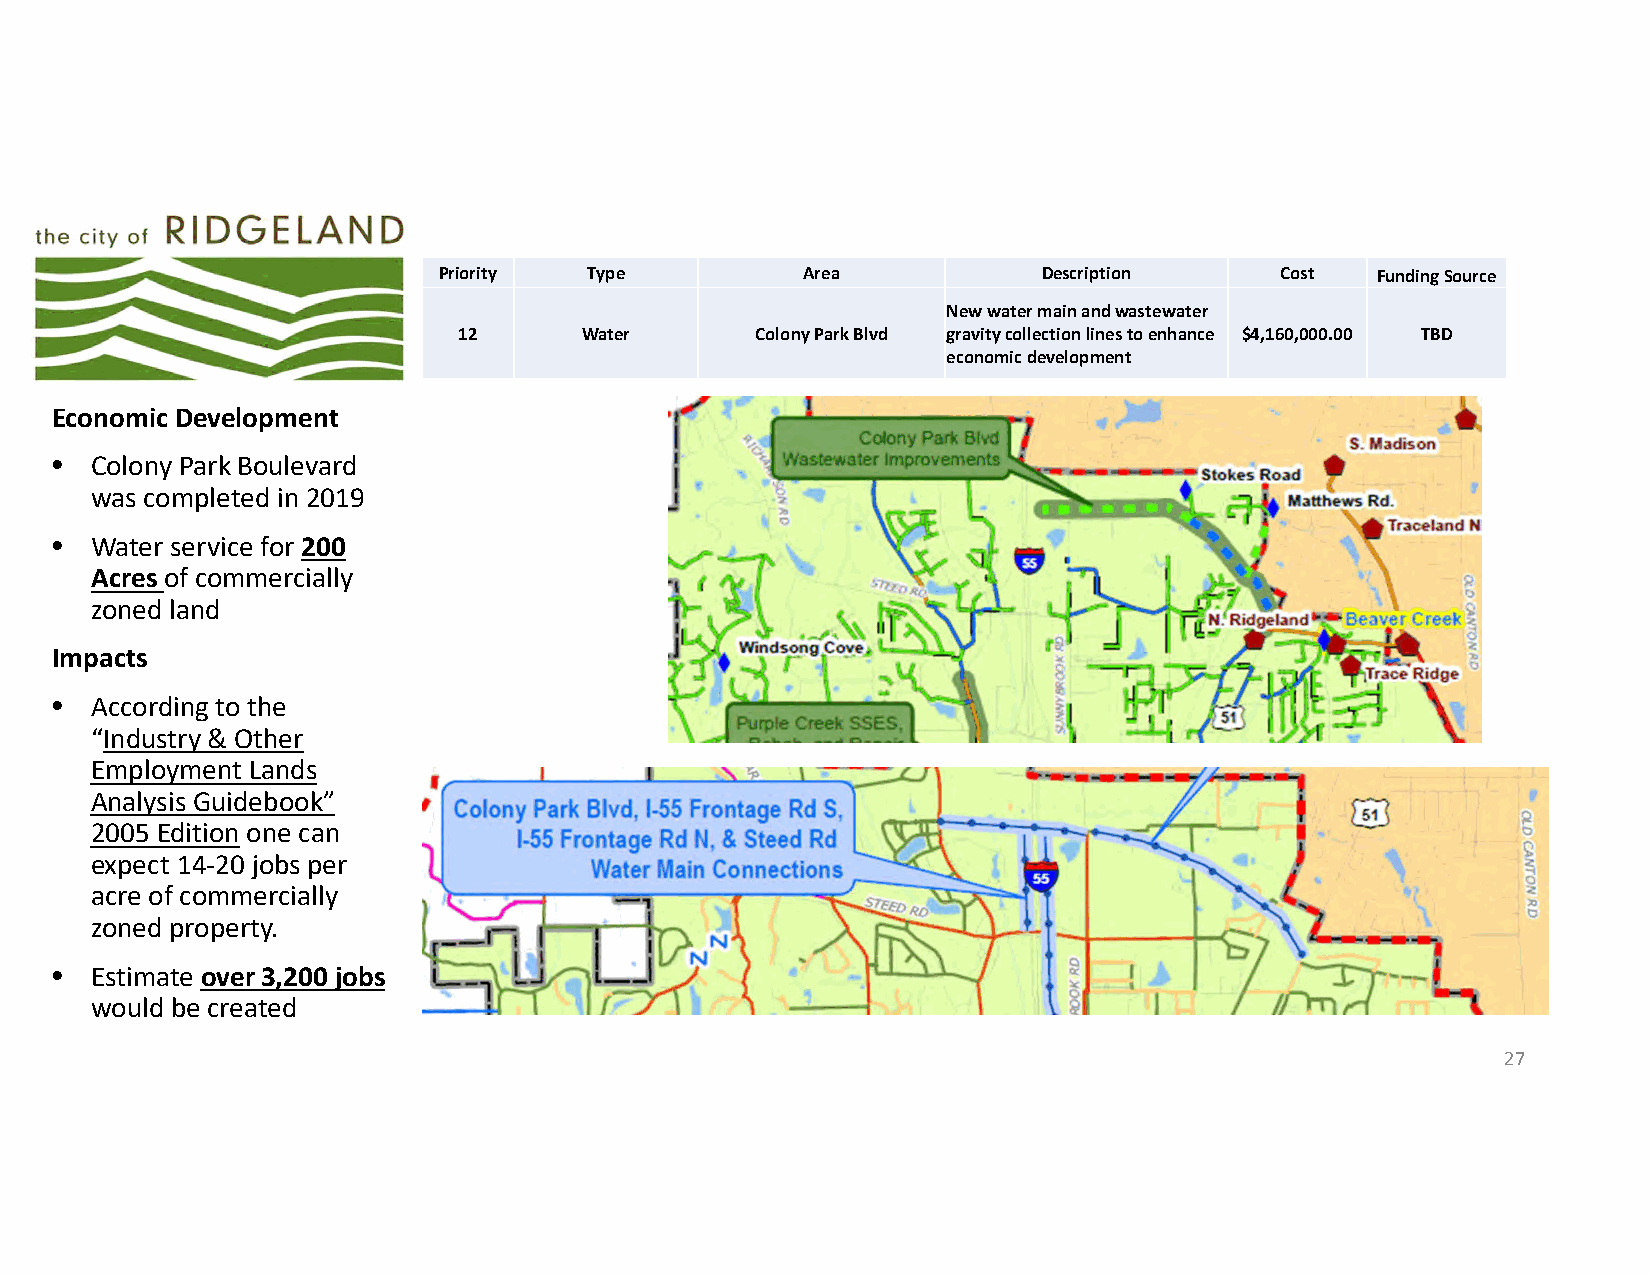
Priority  Type          Area            Description     Cost  Funding Source
 New water main and wastewater
 12      Water       Colony Park Blvd gravity collection lines to enhance $4,160,000.00 TBD
 economic development
 Economic Development
 •  Colony Park Boulevard
 was completed in 2019
 •  Water service for 200
 Acres of commercially
 zoned land
 Impacts
 •  According to the
 “Industry & Other
 Employment Lands
 Analysis Guidebook”
 2005 Edition one can
 expect 14‐20 jobs per
 acre of commercially
 zoned property.
 •  Estimate over 3,200 jobs
 would be created
 27